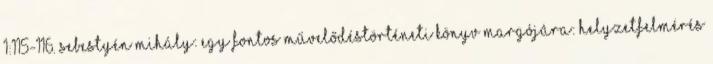
1:115-116. Sebestyén Mihály: Egy fontos művelődéstörténeti könyv margójára: Helyzetfelmérés